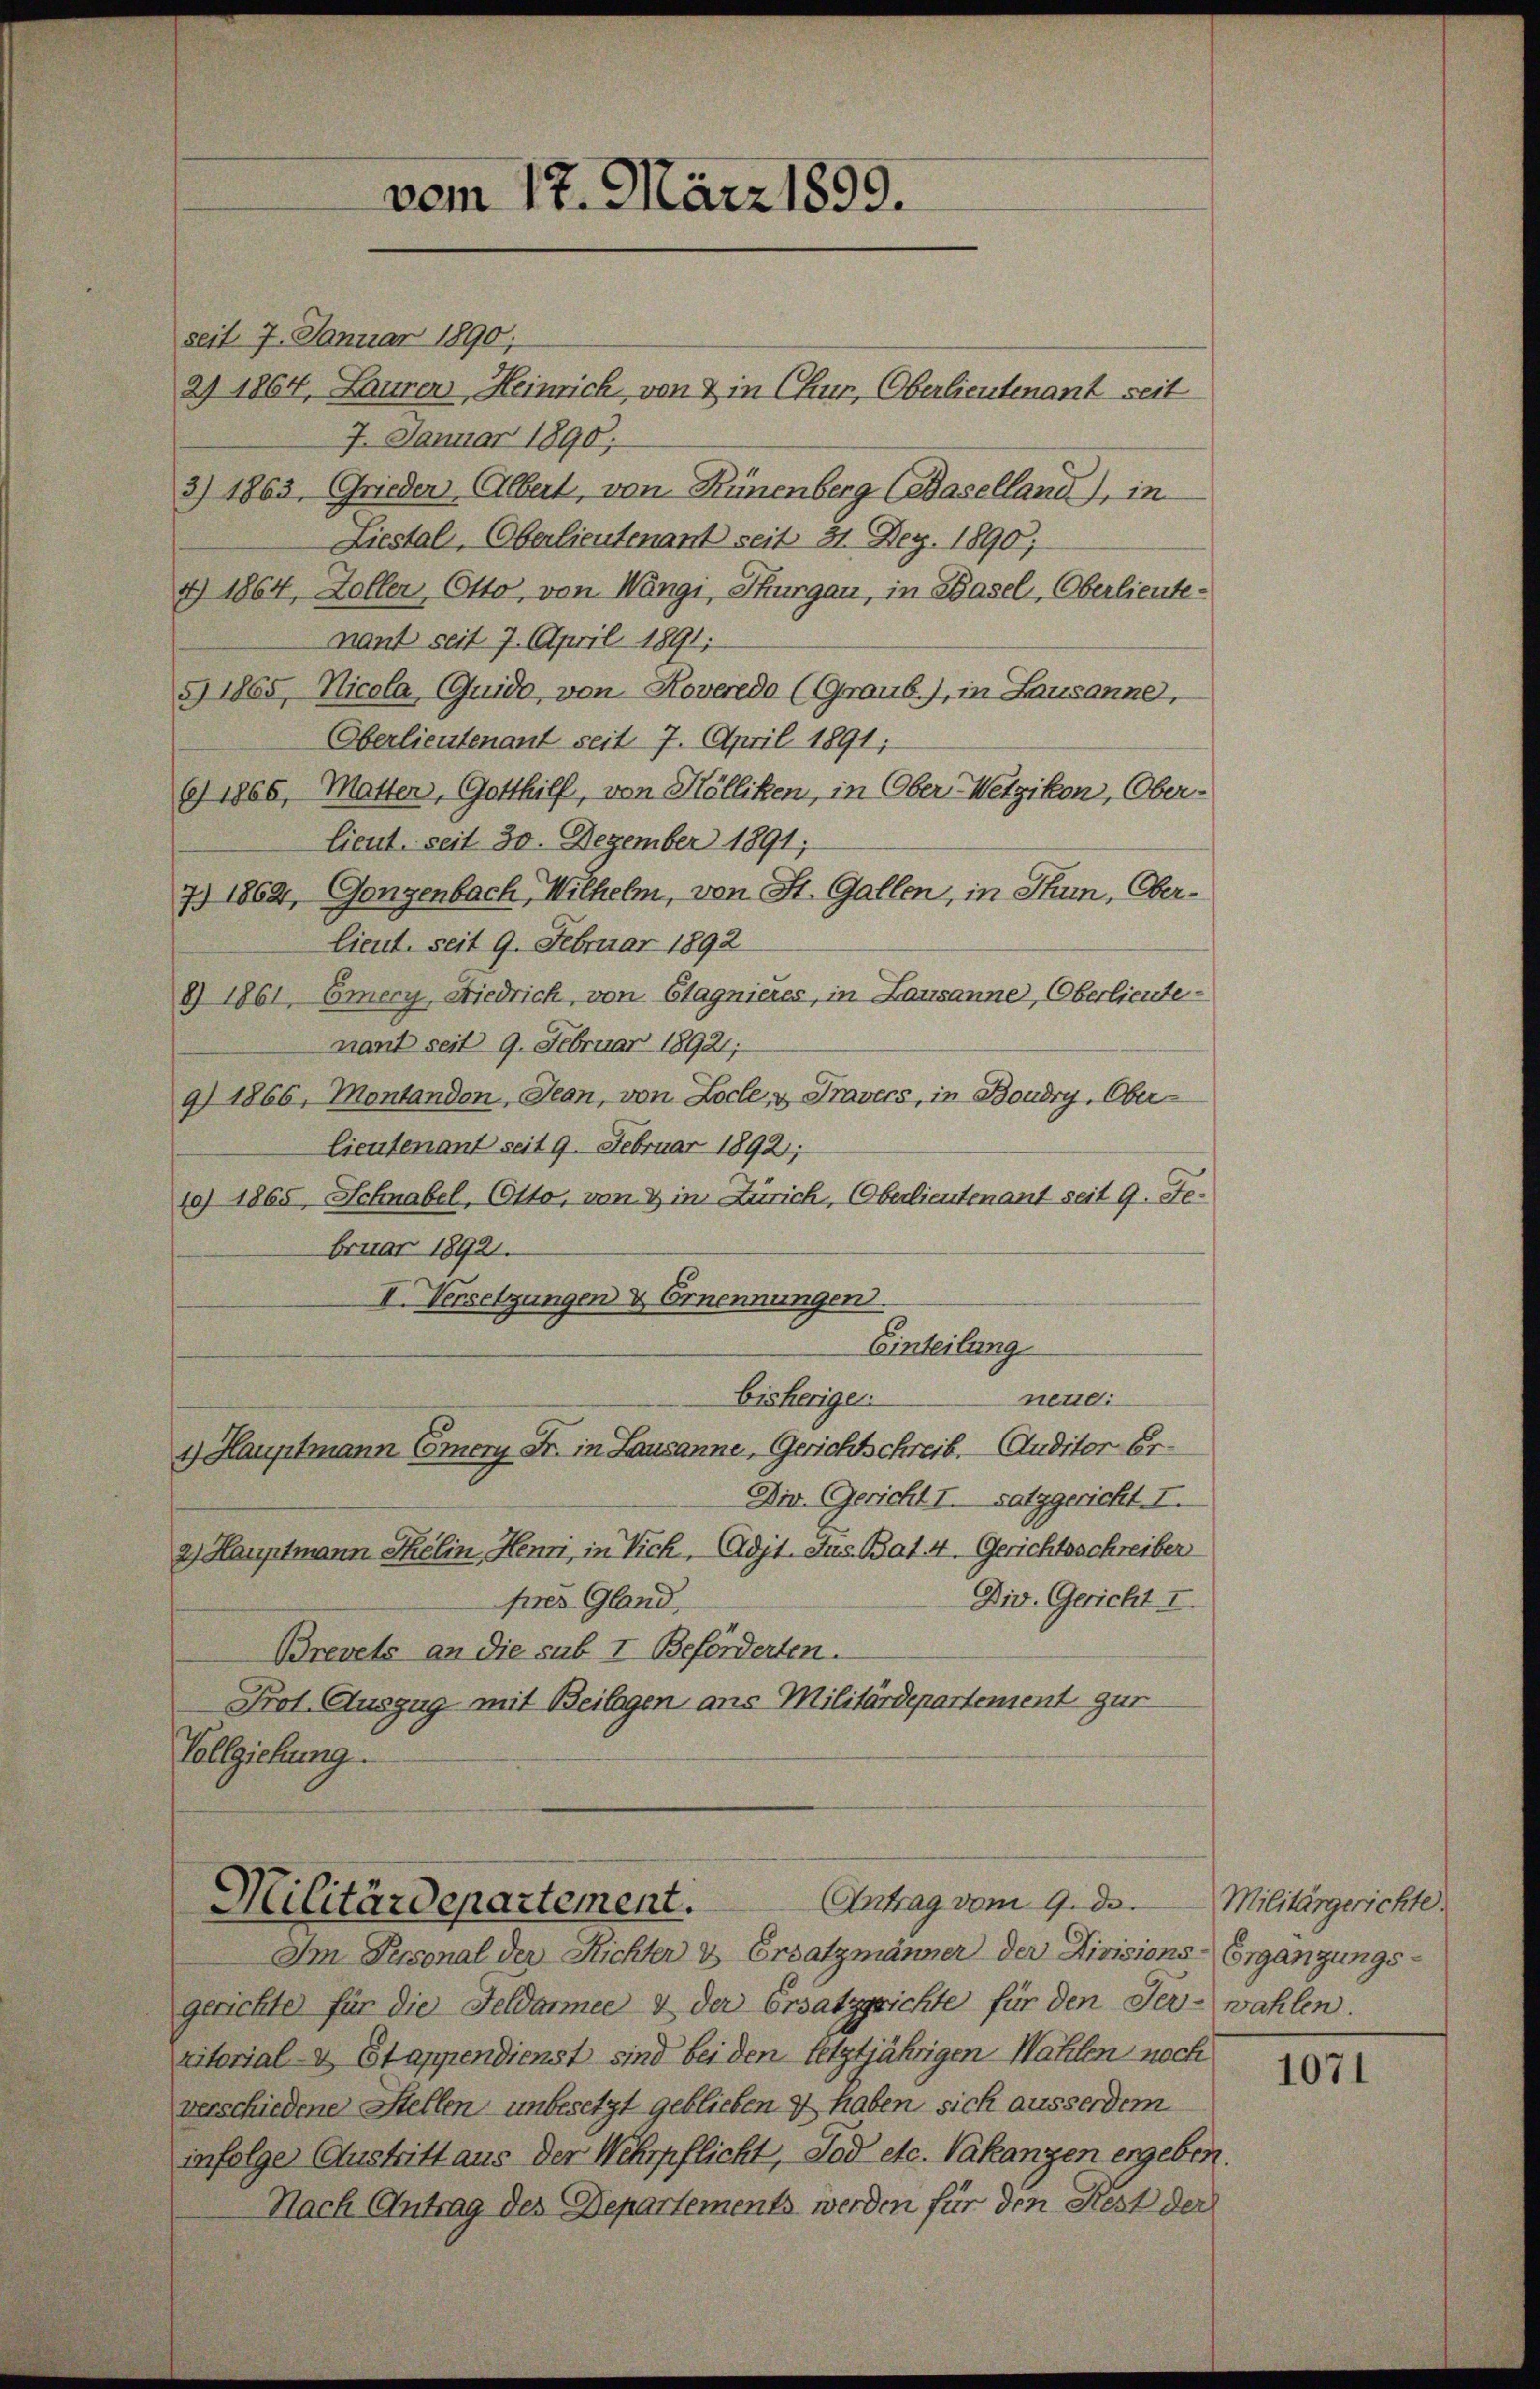
seit 7. Januar 1890;
a) 1864, Laurer, Heinrich von & in Chur, Oberlieutenant seit
7. Januar 1890.
3) 1863, Grieden Albert, von Hünenberg Baselland), in
Liestal, Oberlieutenant seit 31. Dez. 1890;
4) 1864, Zoller Otto, von Wängi, Thurgau, in Basel, Oberlieutenant seit 7. April 1891.
§) 1865, Nicola, Guido, von Roveredo (Graub.), in Lausanne,
Oberlieutenant seit 7. April 1891;
6) 1865, Matten, Gotthilf, von Hölliken, in Ober-Wetzikon, Oberlieut. seit 30. Dezember 1891;
7) 1864, Ganzenbach, Wilhelm, von St. Gallen, in Thun, Oberlieut. seit 9. Februar 1892
8) 1861, Emery Niedrich, von Stagnieres, in Lausanne, Oberlieute-
nant seit 9. Februar 18921;
9) 1866, Montandon, Jean, von Locle, u Travers, in Boudry, Oberlieutenant seit 9. Februar 1892;
10) 1865, Schnabel, Otto, von & in Zürich, Oberlieutenant seit 9. Februar 18921.
II. Versetzungen & Ernennungen.
Einteilung
bisherigen.
nene:
1.) Hauptmann Emery Fr. in Lausanne, Gerichtschreib. Auditor Er¬
Dir. Gericht I. satzgericht I.
2.) Hauptmann Selin, Henri, in Vich, Adjt.Jus. Bat 4. Gerichtsschreiber
Div. Gericht I.
pres Gland,
Brevets an die sub I Beförderten.
Prot. Auszug mit Beilagen aus Militärdepartement gur
Vollziehung.

vom 17. März 1899.

Antrag vom 9. ds.
Militärdepartement.
Im Personal der Richter & Ersatzmänner der Divisions-Ergänzungs-

gerichte für die Feldarmee & der Ersatzprichte für den Ser-wahlen.
ritorial- u Etappendienst sind bei den letztjährigen Wahlen noch
verschiedene Stellen unbesetzt geblieben & haben sich ausserdem
infolge Austritt aus der Wehrpflicht, Tod etc. Vakanzen ergeben.
Nach Antrag des Departements werden für den Rest der

Militärgerichte.

1071